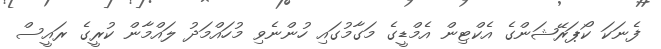
ފެނަކަ ކޯޕަރޭޝަންގެ އެކްޓިން އެމްޑީގެ މަގާމުގައި ހުންނެވި މުހައްމަދު ލައްމާން ކުރީގެ ރައީސް